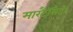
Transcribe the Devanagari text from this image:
मारटैलिटी